Report of the King Institute of Preventive Medicine, Guindy
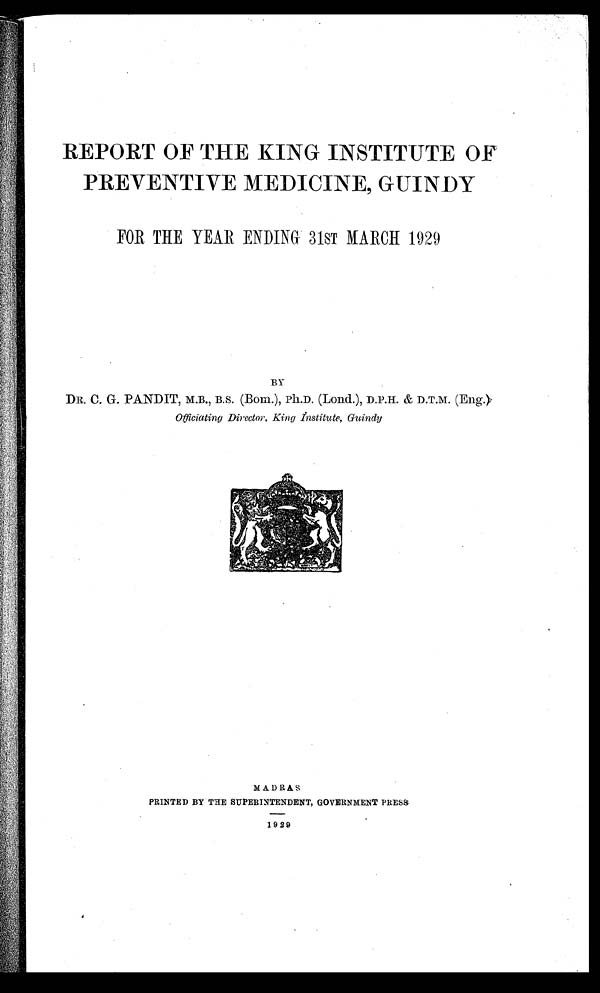
REPORT OF THE KING INSTITUTE OF
PREVENTIVE MEDICINE, GUINDY
FOR THE YEAR ENDING 31ST MARCH 1929
BY
DR. C. G. PANDIT, M.B., B.S. (Born.), Ph.D. (Load.), D.P.H. & D.T.M. (Eng.)
Officiating Director, King Institute, Guindy
MADRAS
PRINTED BY THE SUPERINTENDENT, GOVERNMENT PRESS
1929